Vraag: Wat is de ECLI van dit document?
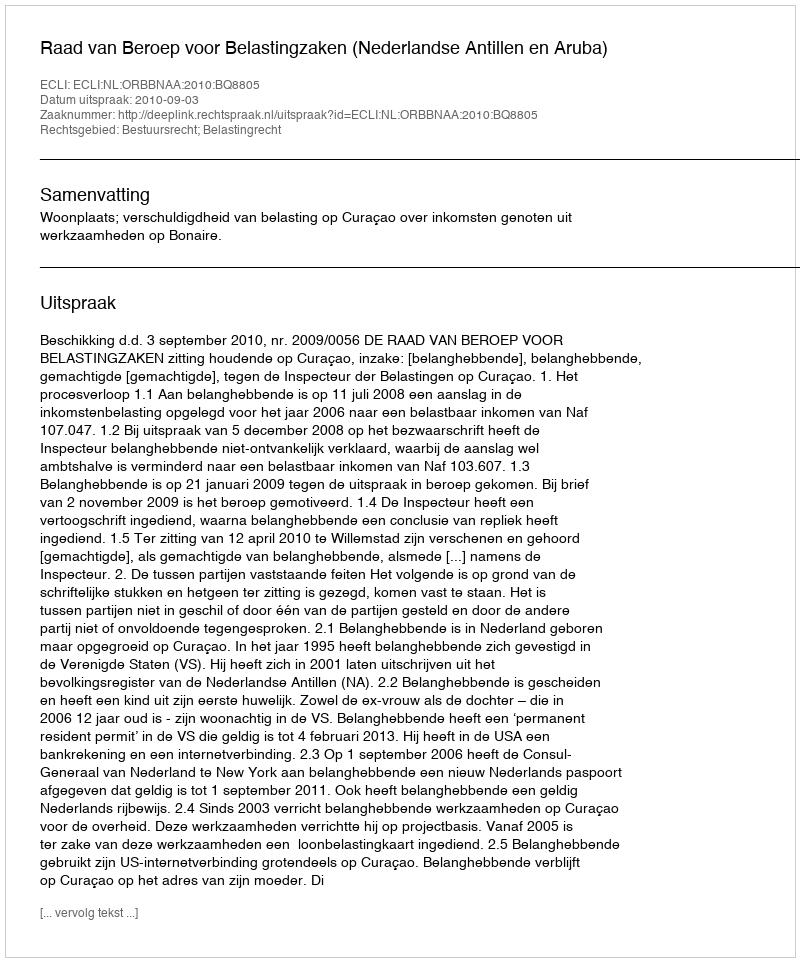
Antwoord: ECLI:NL:ORBBNAA:2010:BQ8805